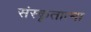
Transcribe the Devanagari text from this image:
संस्कृतात्मा